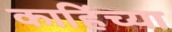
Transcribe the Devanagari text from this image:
काहिंच्या